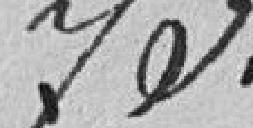
73